Vaccination in the Punjab 1905-1918 - 1905-1918
Year: 1905
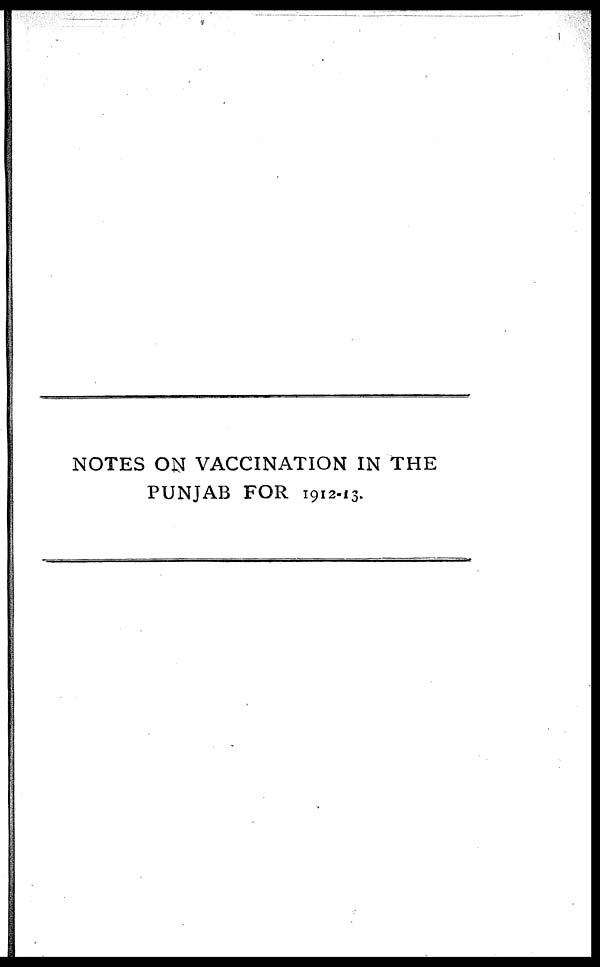
NOTES ON VACCINATION IN THE
PUNJAB FOR 1912-13.